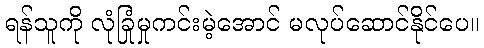
ရန်သူကို လုံခြုံမှုကင်းမဲ့အောင် မလုပ်ဆောင်နိုင်ပေ။